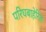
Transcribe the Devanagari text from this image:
परिघबाहेरिल